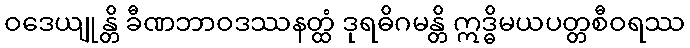
ဝဒေယျုန္တိ ခီဏဘာဝဒဿနတ္ထံ ဒုရဓိဂမန္တိ ဣဒ္ဓိမယပတ္တစီဝရဿ